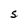
Character: S